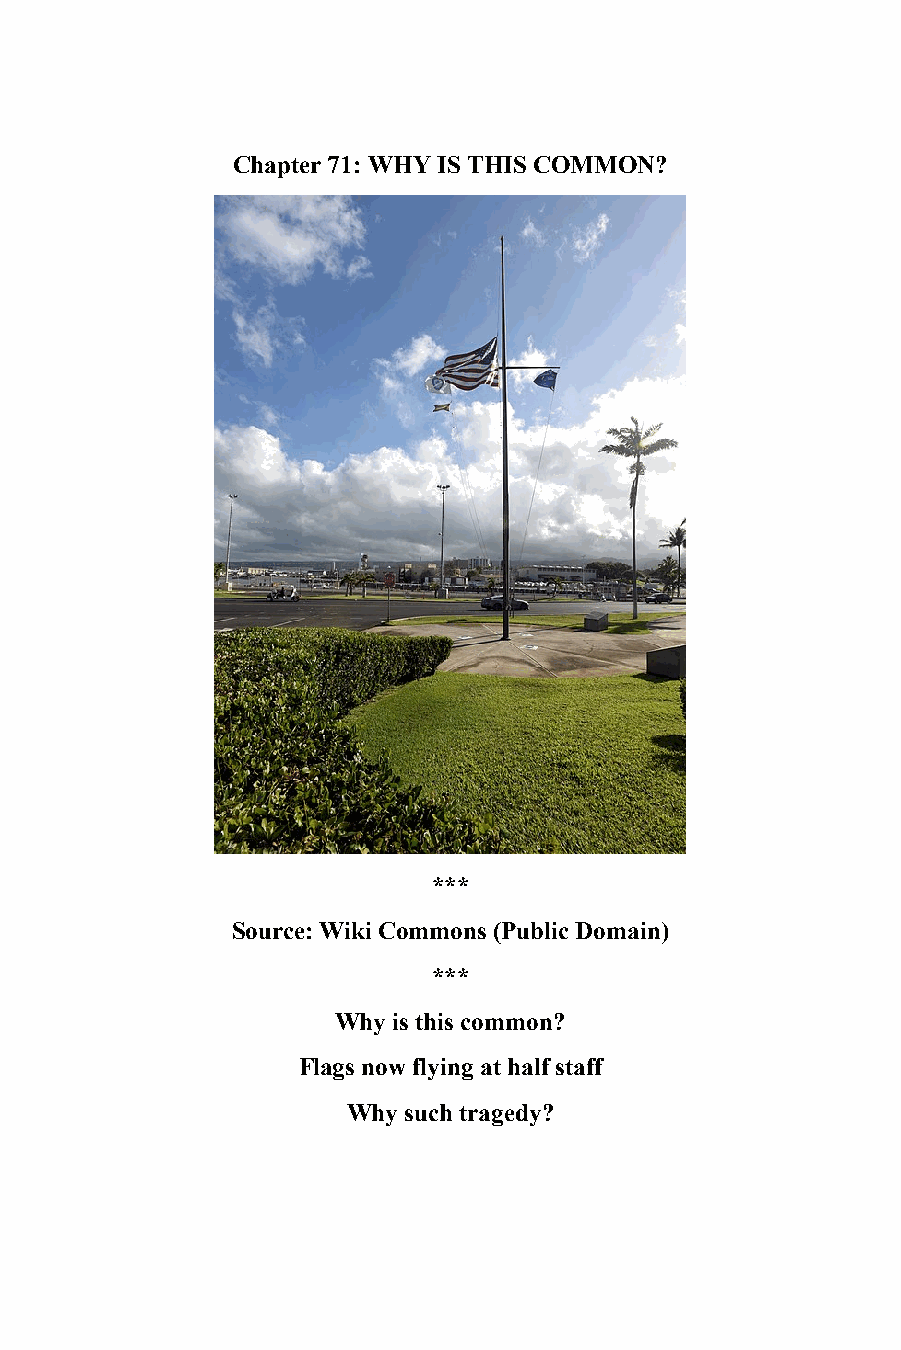
71
 Chapter 71: WHY IS THIS COMMON?
 ***
 Source: Wiki Commons (Public Domain)
 ***
 Why is this common?
 Flags now flying at half staff
 Why such tragedy?